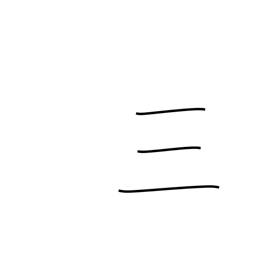
Meaning: three